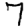
Digit: 7